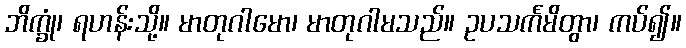
ဘိက္ခုံ၊ ရဟန်းသို့။ မာတုဂါမော၊ မာတုဂါမသည်။ ဥပသင်္ကမိတွာ၊ ကပ်၍။